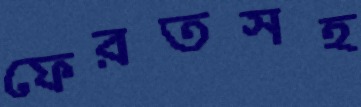
ফেরতসহ